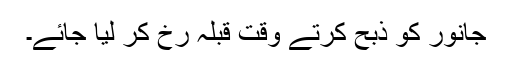
جانور کو ذبح کرتے وقت قبلہ رخ کر لیا جائے۔